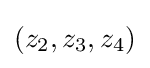
(z_{2},z_{3},z_{4})